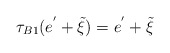
\begin{align*}\tau_{B1}(e^{'}+\tilde{\xi})=e^{'}+\tilde{\xi}\end{align*}